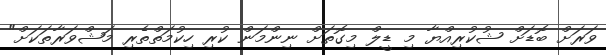
ވަރަށް ބޮޑަށް ޝުކުރިއްޔާ މި ޑީލް މިގޮތަށް ނިންމަން ކުރި ހިކުމަތްތެރި މަޝްވަރާތަކަށް"